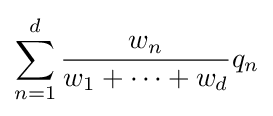
\sum _{n=1}^{d}{\frac {w_{n}}{w_{1}+\cdots +w_{d}}}q_{n}